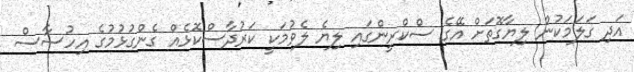
އަދި ގަލަމަކުން ލިޔާގޮތަށް އޭގެ ސްކްރީންގައި ލިޔެ ލެވުމަކީ ކަރުދާސްކޮޅެއް ގެންގުޅުމުގެ އިހުސާސް